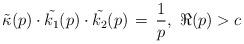
LaTeX: \begin{align*}\tilde{\kappa}(p)\cdot \tilde{k_1}(p) \cdot \tilde{k_2}(p) \, = \, \frac{1}{p},\ \Re(p) > c\end{align*}